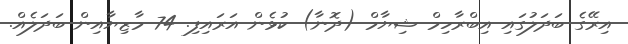
އިރޭގެ ބަދަލުގައި އިބްރާހިމް ޝިޔާމް (ދޮނާ) ކުޅެން އަރައިފި. 74 މާޒިޔާއިން ބަދަލެއް.